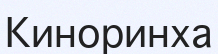
Киноринха